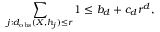
\sum _ { j : d _ { \mathrm { o b s } } ( X , h _ { j } ) \leq r } 1 \leq b _ { d } + c _ { d } r ^ { d } ,